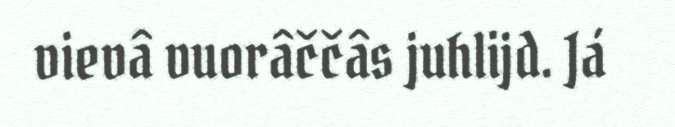
vievâ vuorâččâs juhlijd. Já